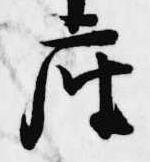
座